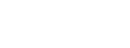
မည်ဖြစ်သည်။